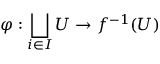
\varphi : \bigsqcup _ { i \in I } U \to f ^ { - 1 } ( U )